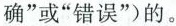
确”或”错误”)的。